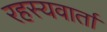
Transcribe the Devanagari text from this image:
रहस्यवार्ता